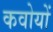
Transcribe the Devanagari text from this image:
कवोयों